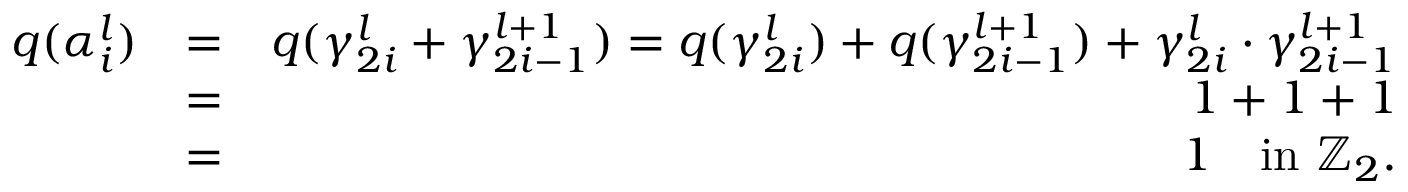
\begin{array} { r l r } { q ( \alpha _ { i } ^ { l } ) } & { = } & { q ( \gamma _ { 2 i } ^ { l } + \gamma _ { 2 i - 1 } ^ { l + 1 } ) = q ( \gamma _ { 2 i } ^ { l } ) + q ( \gamma _ { 2 i - 1 } ^ { l + 1 } ) + \gamma _ { 2 i } ^ { l } \cdot \gamma _ { 2 i - 1 } ^ { l + 1 } } \\ & { = } & { 1 + 1 + 1 } \\ & { = } & { 1 \quad \mathrm { i n ~ } \mathbb { Z } _ { 2 } . } \end{array}